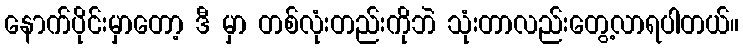
နောက်ပိုင်းမှာတော့ ဒီ မှာ တစ်လုံးတည်းကိုဘဲ သုံးတာလည်းတွေ့လာရပါတယ်။